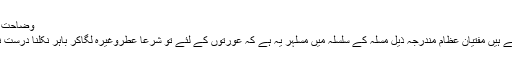
وضاحت فرماءیں
کیافرماتے ہیں مفتیان عظام مندرجہ ذیل مسلہ کے سلسلہ میں مسلہر یہ ہے کہ عورتوں کے لئے تو شرعا عطروغیرہ لگاکر باہر نکلنا درست نہیں ہے۔